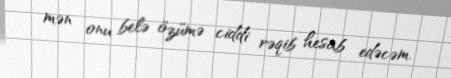
mən onu belə özümə ciddi rəqib hesab edəcəm.